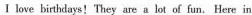
I love birthdays! They are a lot of fun. Here in